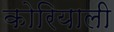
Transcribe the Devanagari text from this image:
कोरियाली